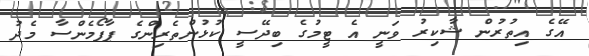
އޭގެ އިތުރުން ޝާކިރު ވަނީ އެ ޓީމުގެ ބިދޭސީ ކުޅުންތެރިންގެ ޕާފޯމެންސާ މެދު